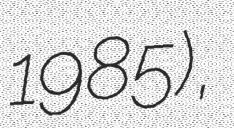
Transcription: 1985),